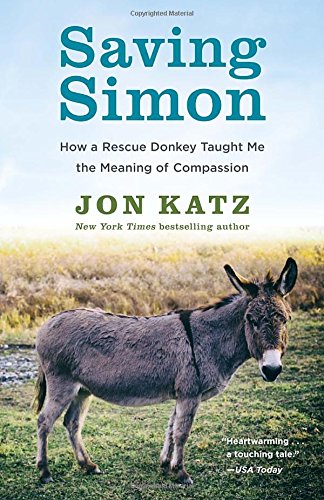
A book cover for Saving Simon: How a Rescue Donkey Taught Me the Meaning of Compassion; Jon Katz; Crafts, Hobbies & Home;